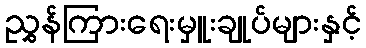
ညွှန်ကြားရေးမှူးချုပ်များနှင့်